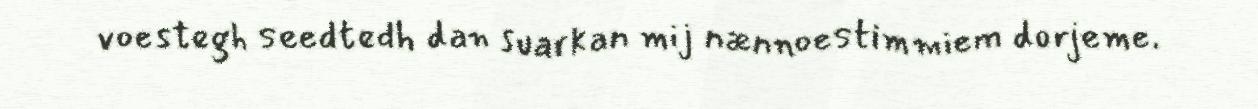
voestegh seedtedh dan suarkan mij nænnoestimmiem dorjeme.